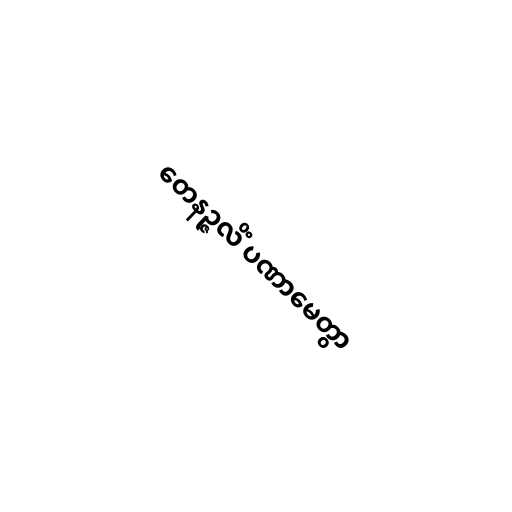
တေနဉ္ဇလိံ ပဏာမေတွာ